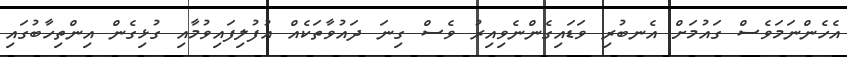
އެހެންނަމަވެސް ގައުމަށް އެނބުރި ވަޑައިގެންނެވިއިރު ވެސް ގިނަ ދައުވާތަކެއް އުފުލިފައިވުމާއި ގުޅިގެން އިންތިހާބުގައި